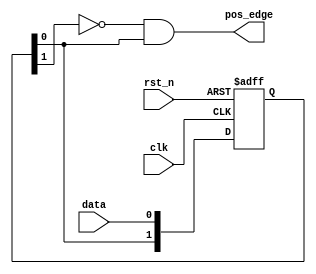
module detect_upedge(clk,rst_n,data,pos_edge);
        input       clk;
	    input       rst_n;
		input       data; 
		output    wire  pos_edge;  //?
        wire neg_edge;    
     	reg[1:0] data_r;
	//?
	//dat_i ?
	always @(posedge clk or negedge rst_n)begin
	    if(rst_n == 1'b0)begin
	        data_r <= 2'b00;
	    end
	    else begin
	        data_r <= {data_r[0], data};    //{??}  
	    end
	end
	//??
	assign  pos_edge = ~data_r[1] & data_r[0];
	assign  neg_edge = data_r[1] & ~data_r[0];
endmodule